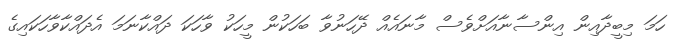
ހަމަ މިބީދާއިން އިންސާނާއަށްވެސް މާނައެއް ދޭހަނުވާ ބަހަކުން މީހަކު ވާހަކަ ދައްކާނަމަ އެދައްކާވާހަކައިގެ